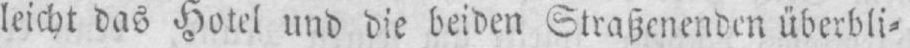
leicht das Hotel und die beiden Straßenenden überbli⸗